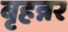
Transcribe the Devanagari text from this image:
बृहन्नर